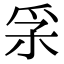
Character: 𤓽